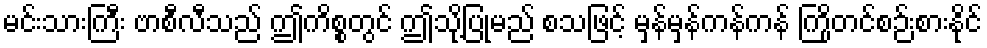
မင်းသားကြီး ဗာစီလီသည် ဤကိစ္စတွင် ဤသို့ပြုမည် စသဖြင့် မှန်မှန်ကန်ကန် ကြိုတင်စဉ်းစားနိုင်